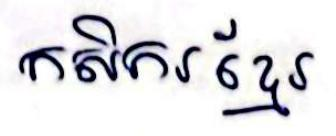
កសិករខ្មែរ